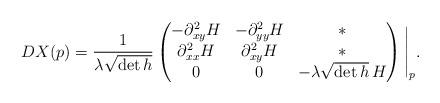
LaTeX: \begin{align*}DX(p)=\frac{1}{\lambda \sqrt{\det h}}\begin{pmatrix}-\partial^2_{xy}H & -\partial^2_{yy}H & * \\\partial^2_{xx}H & \partial^2_{xy}H & *\\0 & 0 & -\lambda\sqrt{\det h}\,H\end{pmatrix}\Bigg|_{p}.\end{align*}